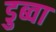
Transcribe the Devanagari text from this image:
डुब्वा